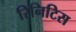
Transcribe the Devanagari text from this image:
रिनिटिस